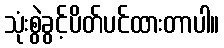
သုံးစွဲခွင့်ပိတ်ပင်ထားတာပါ။